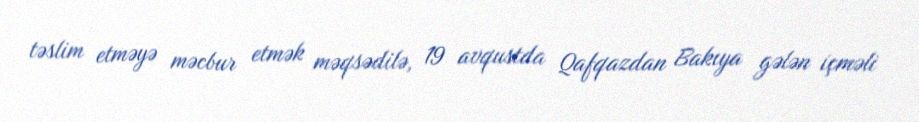
təslim etməyə məcbur etmək məqsədilə, 19 avqustda Qafqazdan Bakıya gələn içməli